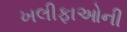
ખલીફાઓની